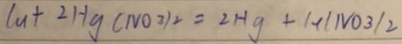
C u + 2 H g ( N O 3 ) _ { 2 } = 2 H g + 1 + l N O _ { 3 } / 2